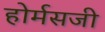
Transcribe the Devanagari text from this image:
होर्मसजी